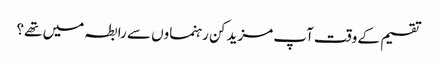
تقسیم کے وقت آپ مزید کن رہنماوں سے رابطہ میں تھے؟